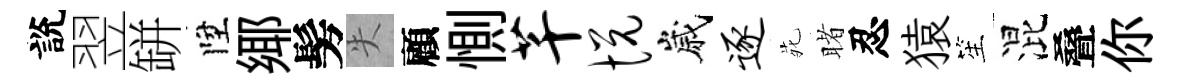
說翌缾陞鄊髣失顧惻芊悦嵗逐𫟍睹忍猿笙混叠你